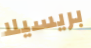
بريسيلا